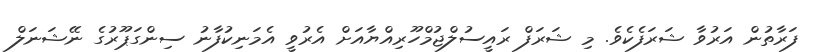
ފަރާތުން އަރުވާ ޝަރަފެކެވެ. މި ޝަރަފް ރައީސުލްޖުމްހޫރިއްޔާއަށް އެރުވީ އެމަނިކުފާނު ސިންގަޕޫރުގެ ނޭޝަނަލް